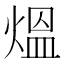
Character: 熅